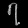
Digit: ၇